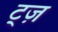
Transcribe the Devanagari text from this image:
ट्ज़